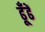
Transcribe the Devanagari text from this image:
ढूँढें